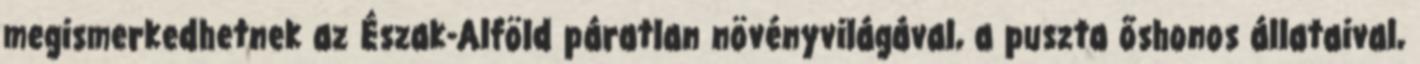
megismerkedhetnek az Észak-Alföld páratlan növényvilágával, a puszta őshonos állataival,